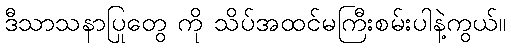
ဒီသာသနာပြုတွေ ကို သိပ်အထင်မကြီးစမ်းပါနဲ့ကွယ်။